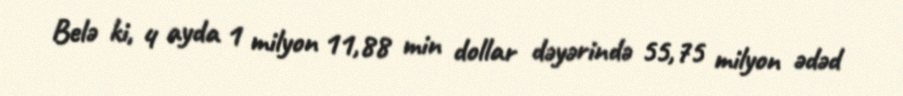
Belə ki, 4 ayda 1 milyon 11,88 min dollar dəyərində 55,75 milyon ədəd